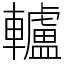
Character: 轤